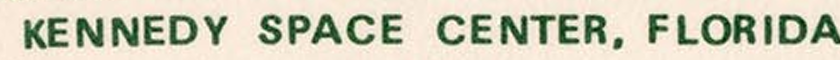
KENNEDY SPACE CENTER, FLORIDA